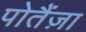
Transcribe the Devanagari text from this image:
पोतैंज़ा